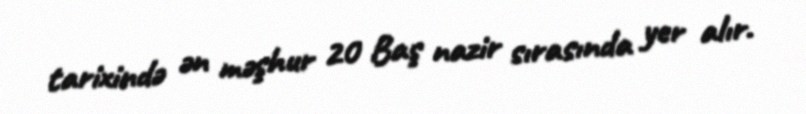
tarixində ən məşhur 20 Baş nazir sırasında yer alır.